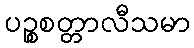
ပဉ္စစတ္တာလီသမာ